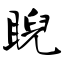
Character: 睨